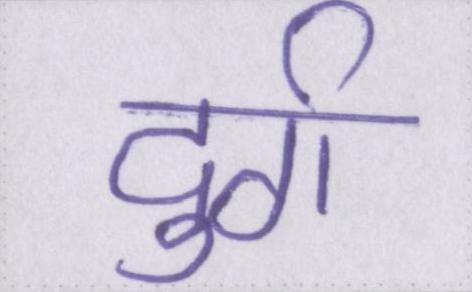
दुर्ग